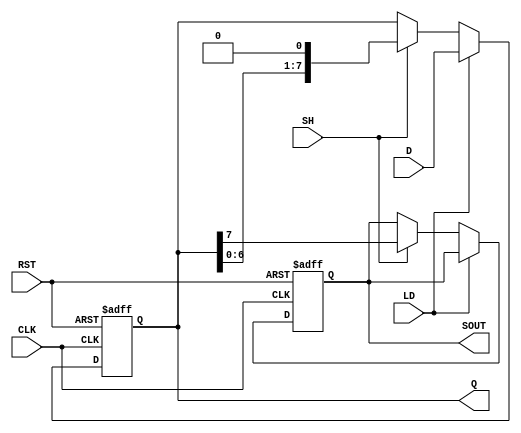
module PISO #(
    parameter SIZE = 8  // Define the size of the register
)(
    input wire [SIZE-1:0] D,    // Parallel data inputs
    input wire LD,               // Load control signal
    input wire SH,               // Shift control signal
    input wire CLK,              // Clock signal
    input wire RST,              // Asynchronous reset signal
    output reg SOUT,             // Serial output
    output reg [SIZE-1:0] Q      // Shift register output
);

    // Asynchronous reset
    always @(posedge CLK or posedge RST) begin
        if (RST) begin
            Q <= {SIZE{1'b0}};    // Clear the register
            SOUT <= 1'b0;         // Clear serial output
        end else begin
            if (LD) begin
                Q <= D;           // Load parallel data into the register
            end else if (SH) begin
                SOUT <= Q[SIZE-1]; // Output the MSB to SOUT
                Q <= {Q[SIZE-2:0], 1'b0}; // Shift right and fill with 0
            end
        end
    end

endmodule